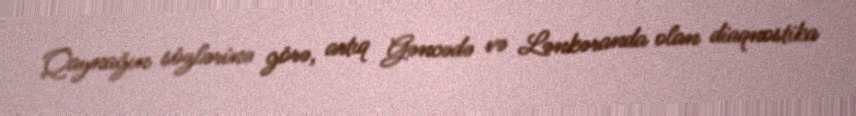
Qaynağın sözlərinə görə, artıq Gəncədə və Lənkəranda olan diaqnostika